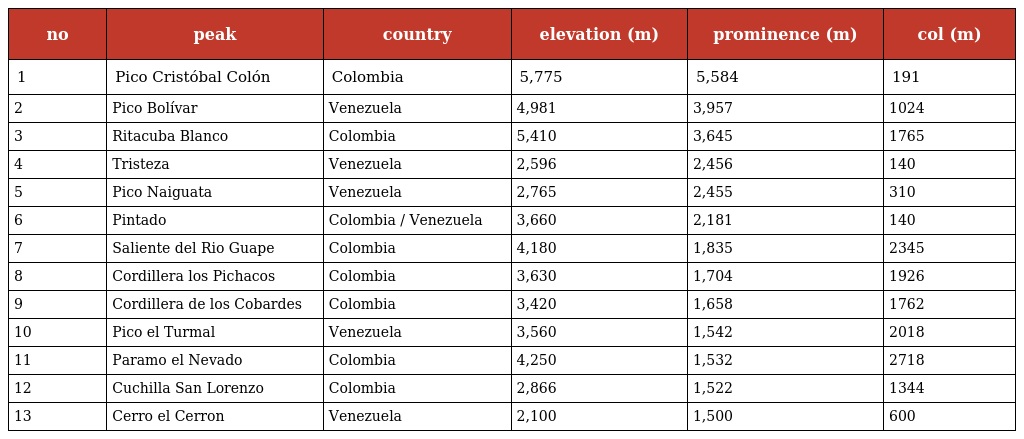
| no | peak | country | elevation (m) | prominence (m) | col (m) |
 | --- | --- | --- | --- | --- | --- |
 | 1 | Pico Cristóbal Colón | Colombia | 5,775 | 5,584 | 191 |
 | 2 | Pico Bolívar | Venezuela | 4,981 | 3,957 | 1024 |
 | 3 | Ritacuba Blanco | Colombia | 5,410 | 3,645 | 1765 |
 | 4 | Tristeza | Venezuela | 2,596 | 2,456 | 140 |
 | 5 | Pico Naiguata | Venezuela | 2,765 | 2,455 | 310 |
 | 6 | Pintado | Colombia / Venezuela | 3,660 | 2,181 | 140 |
 | 7 | Saliente del Rio Guape | Colombia | 4,180 | 1,835 | 2345 |
 | 8 | Cordillera los Pichacos | Colombia | 3,630 | 1,704 | 1926 |
 | 9 | Cordillera de los Cobardes | Colombia | 3,420 | 1,658 | 1762 |
 | 10 | Pico el Turmal | Venezuela | 3,560 | 1,542 | 2018 |
 | 11 | Paramo el Nevado | Colombia | 4,250 | 1,532 | 2718 |
 | 12 | Cuchilla San Lorenzo | Colombia | 2,866 | 1,522 | 1344 |
 | 13 | Cerro el Cerron | Venezuela | 2,100 | 1,500 | 600 |